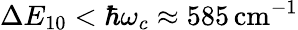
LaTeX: \Delta E_{10}<\hbar\omega_{c}\approx 585\, \mathrm{cm}^{-1}